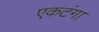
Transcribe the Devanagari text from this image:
एकटंगा